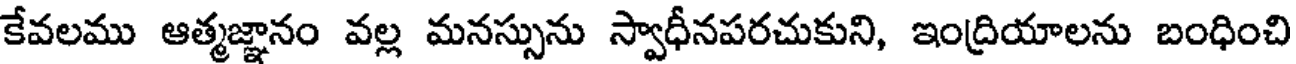
కేవలము ఆత్మజ్ఞానం వల్ల మనస్సును స్వాధీనపరచుకుని, ఇంద్రియాలను బంధించి